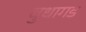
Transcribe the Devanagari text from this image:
बुधागड